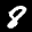
Label: 8